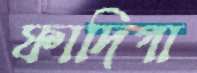
ফাদিগা